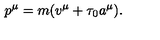
p ^ { \mu } = m ( v ^ { \mu } + \tau _ { 0 } a ^ { \mu } ) .